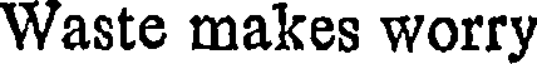
Waste makes worry